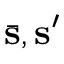
\bar { \mathsf { \mathbf { s } } } , \mathsf { \mathbf { s ^ { \prime } } }